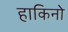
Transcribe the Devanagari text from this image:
हाकिनो